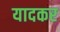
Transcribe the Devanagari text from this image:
यादकर